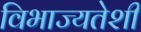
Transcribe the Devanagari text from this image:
विभाज्यतेशी